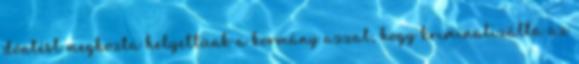
döntést meghozta helyettünk a kormány azzal, hogy kriminalizálta az